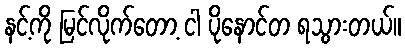
နင့်ကို မြင်လိုက်တော့ ငါ ပိုနောင်တ ရသွားတယ်။